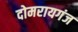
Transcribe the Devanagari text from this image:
दोमरायगंज